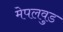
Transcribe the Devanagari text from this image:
मेपलवुड